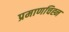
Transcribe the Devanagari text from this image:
प्रमाणचिह्न